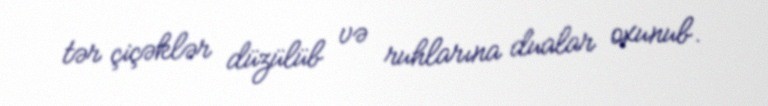
tər çiçəklər düzülüb və ruhlarına dualar oxunub.